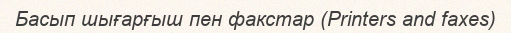
Басып шығарғыш пен факстар (Printers and faxes)